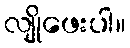
လျိုဖေးပါ။